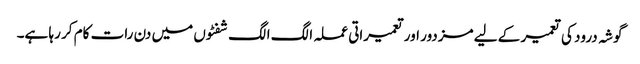
گوشہ درود کی تعمیر کے لیے مزدور اور تعمیراتی عملہ الگ الگ شفٹوں میں دن رات کام کر رہا ہے۔